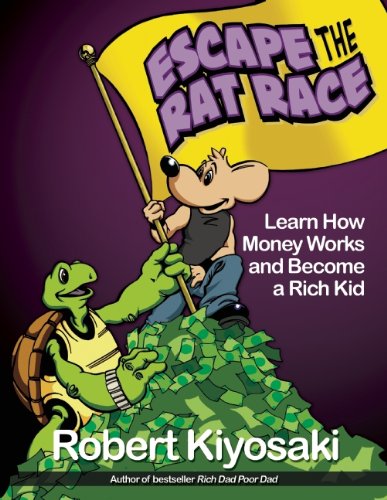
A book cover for Rich Dad's Escape from the Rat Race: How To Become A Rich Kid By Following Rich Dad's Advice; Robert T. Kiyosaki; Children's Books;